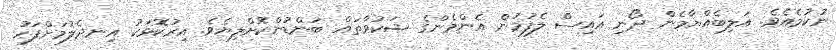
ނުކުމެއެވެ. އަލިބެއްޔާމެން ދޯނި އައިސް ލެފުމުން އެންމެންގެ ޝަކުވާތައް ބަންޑުންކޮށްލިޔެވެ. އިރުކޮޅަކު އިނދެލުމަށްފަހު